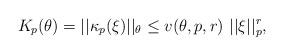
LaTeX: \begin{align*} K_p(\theta) = ||\kappa_p(\xi)||_{\theta} \le v(\theta,p,r) \ ||\xi||_p^r, \ \end{align*}